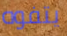
يتفوه